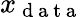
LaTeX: x_{\mathrm{~d~a~t~a~}}